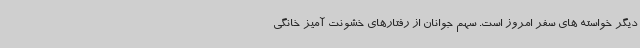
دیگر خواسته های سفر امروز است. سهم جوانان از رفتارهای خشونت آمیز خانگی